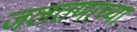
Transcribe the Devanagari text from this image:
जलतणाच्या